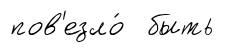
пов'езло́ быть